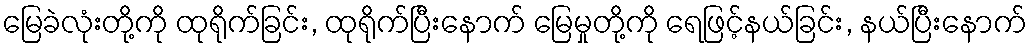
မြေခဲလုံးတို့ကို ထုရိုက်ခြင်း, ထုရိုက်ပြီးနောက် မြေမှုတို့ကို ရေဖြင့်နယ်ခြင်း, နယ်ပြီးနောက်